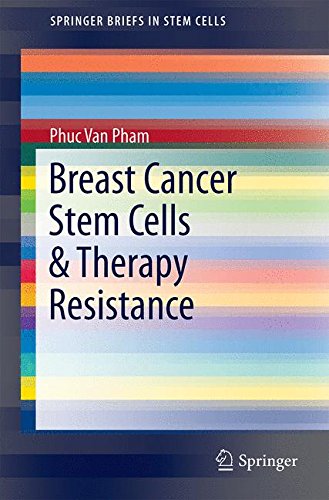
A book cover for Breast Cancer Stem Cells & Therapy Resistance (SpringerBriefs in Stem Cells); Phuc Van Pham; Medical Books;